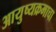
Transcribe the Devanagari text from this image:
आयुष्यक्रमाचा